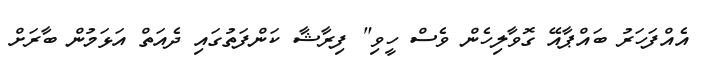
އެއްފަހަރު ބައްޕާއޭ ގޮވާލިހެން ވެސް ހީވި" ފިރާޝާ ކަންފަތުގައި ދެއަތް އަޅަމުން ބާރަށް